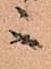
ニ